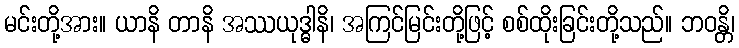
မင်းတို့အား။ ယာနိ တာနိ အဿယုဒ္ဓါနိ၊ အကြင်မြင်းတို့ဖြင့် စစ်ထိုးခြင်းတို့သည်။ ဘဝန္တိ၊